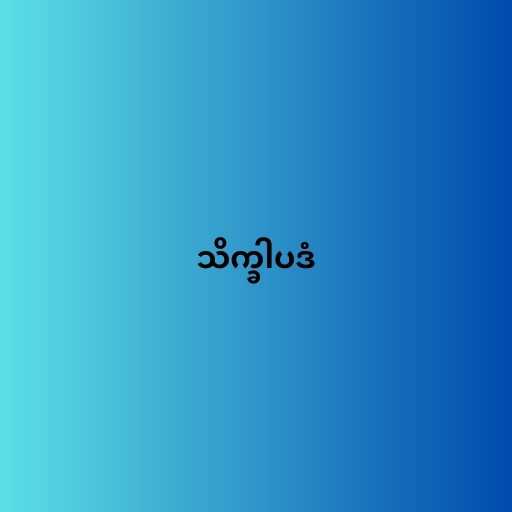
သိက္ခါပဒံ